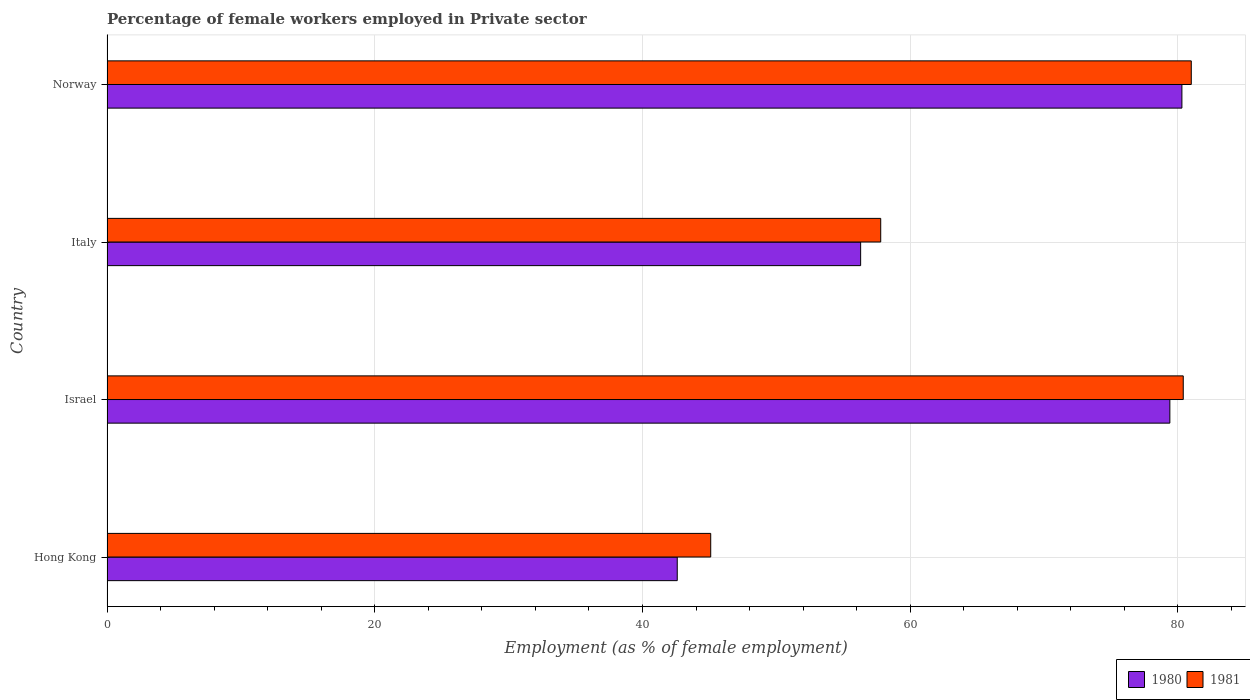
| Country | 1980 | 1981 |
 | --- | --- | --- |
 | Hong Kong | 42.6 | 45.1 |
 | Israel | 79.4 | 80.4 |
 | Italy | 56.3 | 57.8 |
 | Norway | 80.3 | 81 |